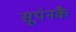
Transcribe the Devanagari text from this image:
सूर्पनकै